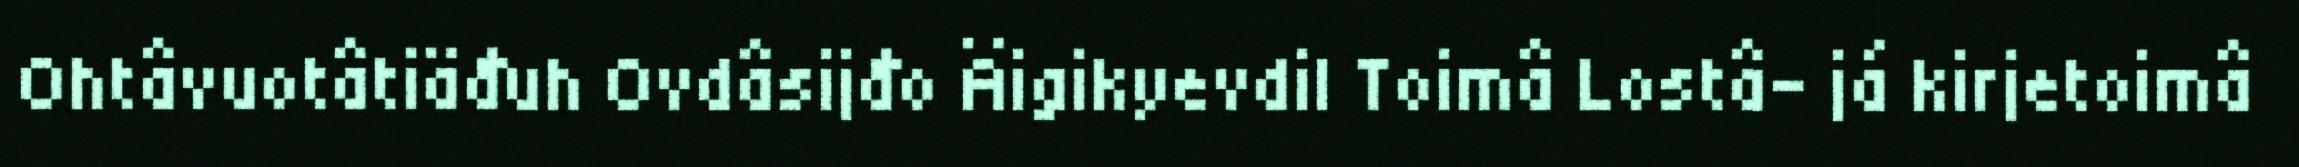
Ohtâvuotâtiäđuh Ovdâsijđo Äigikyevdil Toimâ Lostâ- já kirjetoimâ